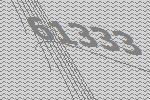
61333